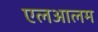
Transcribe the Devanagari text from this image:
एलआलम